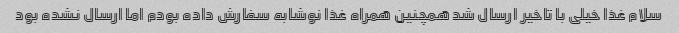
سلام غذا خیلی با تاخیر ارسال شد همچنین همراه غذا نوشابه سفارش داده بودم اما ارسال نشده بود